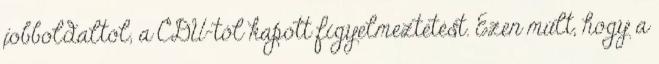
jobboldaltól, a CDU-tól kapott figyelmeztetést. Ezen múlt, hogy a